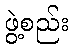
ဖွဲ့စည်း